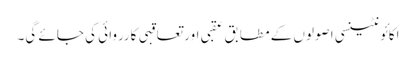
اکائونٹینسی اصولوں کے مطابق عقبی اور تعاقبی کارروائی کی جائے گی۔